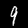
Digit: 9